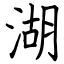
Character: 湖